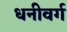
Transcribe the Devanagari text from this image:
धनीवर्ग